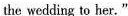
the wedding to her."